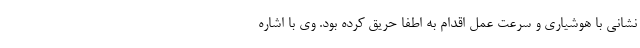
نشانی با هوشیاری و سرعت عمل اقدام به اطفا حریق کرده بود. وی با اشاره